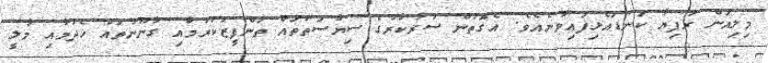
މިލިއަން ރުފިޔާ ކަނޑައެޅިފައިވާނެއެވެ. އެގޮތުން ސަރުކާރުގެ ސިޔާސަތުތައް ތަންފީޒުކުރުމާއި ގާނޫނުތައް ހެދުމާއި މާލީ